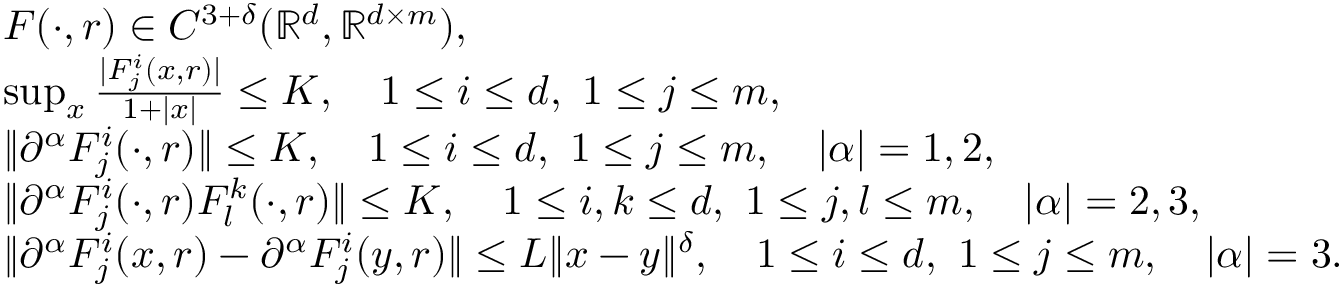
\begin{array} { r l } & { F ( \cdot , r ) \in C ^ { 3 + \delta } ( \mathbb { R } ^ { d } , \mathbb { R } ^ { d \times m } ) , } \\ & { \operatorname* { s u p } _ { x } \frac { | F _ { j } ^ { i } ( x , r ) | } { 1 + | x | } \leq K , \quad 1 \leq i \leq d , \ 1 \leq j \leq m , } \\ & { \| \partial ^ { \alpha } F _ { j } ^ { i } ( \cdot , r ) \| \leq K , \quad 1 \leq i \leq d , \ 1 \leq j \leq m , \quad | \alpha | = 1 , 2 , } \\ & { \| \partial ^ { \alpha } F _ { j } ^ { i } ( \cdot , r ) F _ { l } ^ { k } ( \cdot , r ) \| \leq K , \quad 1 \leq i , k \leq d , \ 1 \leq j , l \leq m , \quad | \alpha | = 2 , 3 , } \\ & { \| \partial ^ { \alpha } F _ { j } ^ { i } ( x , r ) - \partial ^ { \alpha } F _ { j } ^ { i } ( y , r ) \| \leq L \| x - y \| ^ { \delta } , \quad 1 \leq i \leq d , \ 1 \leq j \leq m , \quad | \alpha | = 3 . } \end{array}